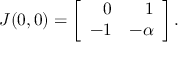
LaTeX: J ( 0 , 0 ) = \left[ { \begin{array} { r r } { 0 } & { 1 } \\ { - 1 } & { - \alpha } \end{array} } \right] .